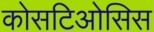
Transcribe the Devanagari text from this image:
कोसटिओसिस